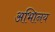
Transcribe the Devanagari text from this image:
अभािनय